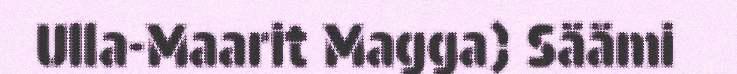
Ulla-Maarit Magga) Säämi